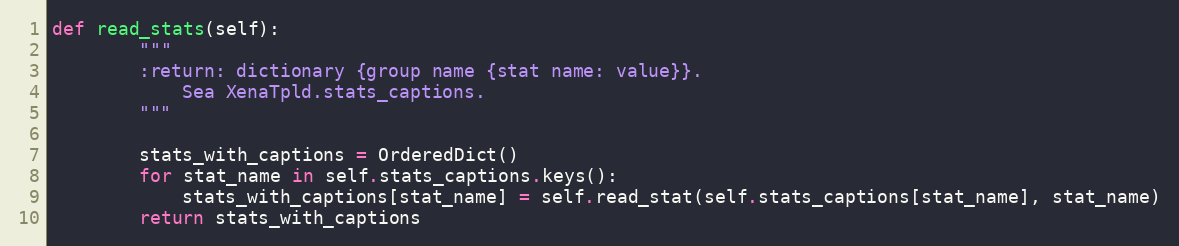
Language: Python
def read_stats(self):
        """
        :return: dictionary {group name {stat name: value}}.
            Sea XenaTpld.stats_captions.
        """

        stats_with_captions = OrderedDict()
        for stat_name in self.stats_captions.keys():
            stats_with_captions[stat_name] = self.read_stat(self.stats_captions[stat_name], stat_name)
        return stats_with_captions